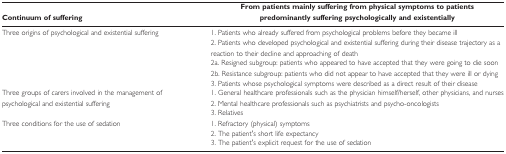
<table><thead><tr><td><b>Continuum of suffering</b></td><td><b>From patients mainly suffering from physical symptoms to patients predominantly suffering psychologically and existentially</b></td></tr></thead><tbody><tr><td rowspan="5">Three origins of psychological and existential suffering</td><td>1. Patients who already suffered from psychological problems before they became ill</td></tr><tr><td>2. Patients who developed psychological and existential suffering during their disease trajectory as a reaction to their decline and approaching of death</td></tr><tr><td>2a. Resigned subgroup: patients who appeared to have accepted that they were going to die soon</td></tr><tr><td>2b. Resistance subgroup: patients who did not appear to have accepted that they were ill or dying</td></tr><tr><td>3. Patients whose psychological symptoms were described as a direct result of their disease</td></tr><tr><td rowspan="3">Three groups of carers involved in the management of psychological and existential suffering</td><td>1. General healthcare professionals such as the physician himself/herself, other physicians, and nurses</td></tr><tr><td>2. Mental healthcare professionals such as psychiatrists and psycho-oncologists</td></tr><tr><td>3. Relatives</td></tr><tr><td rowspan="3">Three conditions for the use of sedation</td><td>1. Refractory (physical) symptoms</td></tr><tr><td>2. The patient&#x27;s short life expectancy</td></tr><tr><td>3. The patient&#x27;s explicit request for the use of sedation</td></tr></tbody></table>